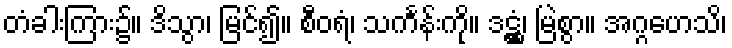
တံခါးကြား၌။ ဒိသွာ၊ မြင်၍။ စီဝရံ၊ သင်္ကန်းကို။ ဒဋ္ဌှံ၊ မြဲစွာ။ အဂ္ဂဟေသိ၊